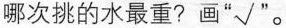
4. 哪次挑的水最重 ? 画 ” √ ”